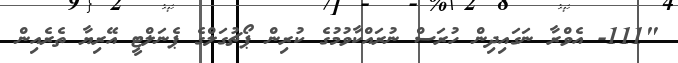
"111- އެވްރާ ނަގައިދިން ހުރަސް ނުރައްކާވުމުގެ ކުރިން ޕޯޗުގަލްގެ ޕެނަލްޓީ އޭރިޔާ ތެރެއިން